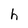
Character: h